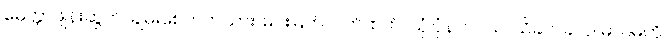
မေတ္တာဖျန်းဆွတ်၊ ချမ်းစေတတ်သား၊ မင်းမြတ်လက်ထက်၊ သုံ:ပုံနက်ဝယ်၊ သိခက်ခဲလှ၊ မာဂဓကို၊